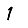
Digit: 1